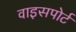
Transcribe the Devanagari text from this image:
वाइसपोर्ट